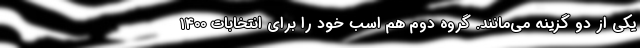
یکی از دو گزینه می‌مانند. گروه دوم هم اسب خود را برای انتخابات 1400